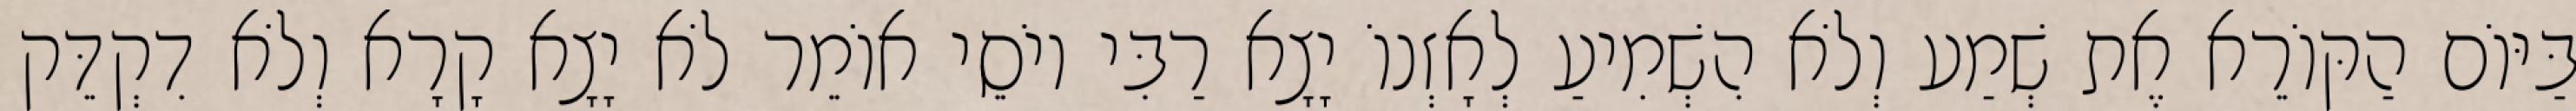
בַּיּוֹם הַקּוֹרֵא אֶת שְׁמַע וְלֹא הִשְׁמִיעַ לְאָזְנוֹ יָצָא רַבִּי יוֹסֵי אוֹמֵר לֹא יָצָא קָרָא וְלֹא דִקְדֵּק